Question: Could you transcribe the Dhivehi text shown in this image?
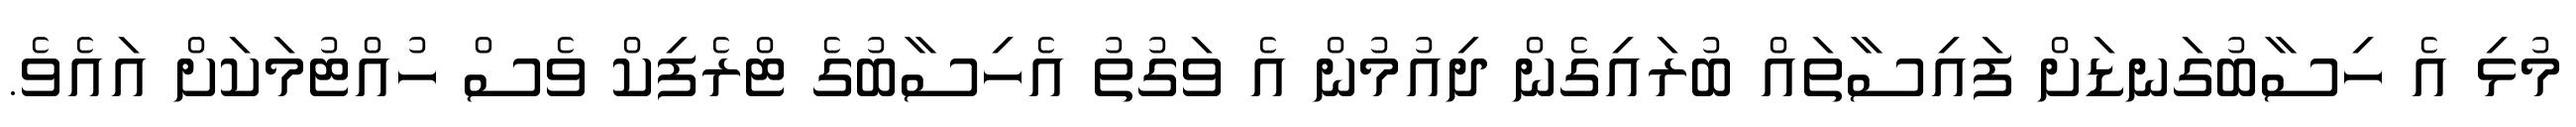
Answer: މުޅި އެ ހިސާބުގަނޑަށް ފައިސާތައް ބުރައިގެން ދިއުމުން އެ ވަގުތު އެހިސާބުގެ ޓްރެފިކް ވެސް ހުއްޓުމަކަށް އައެވެ.